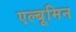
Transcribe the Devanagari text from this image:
एल्बूमिन